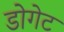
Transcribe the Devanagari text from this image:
डोगेट